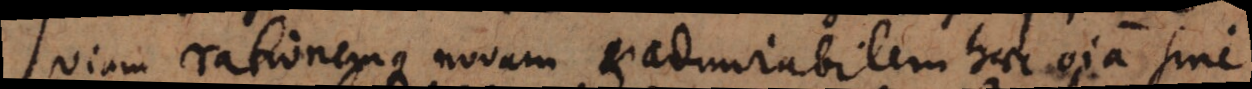
viam rationemque novam et admirabilem haec omnia sine